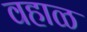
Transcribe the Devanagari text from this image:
वहाळ